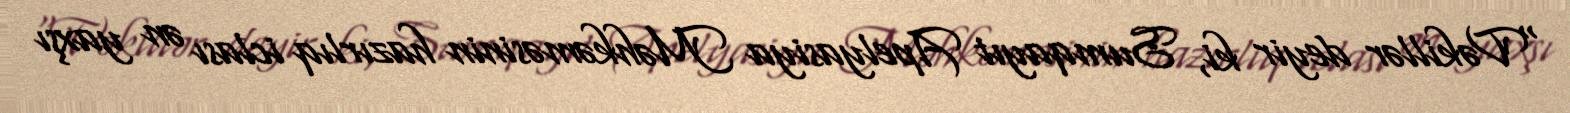
“Vəkillər deyir ki, Sumqayıt Apelyasiya Məhkəməsinin hazırlıq iclası ən yaxşı